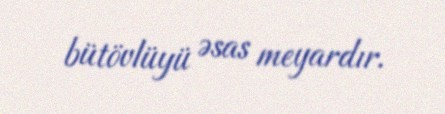
bütövlüyü əsas meyardır.